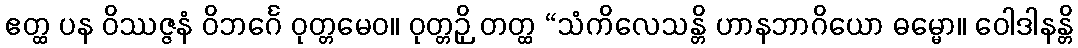
ဧတ္ထ ပန ဝိဿဇ္ဇနံ ဝိဘင်္ဂေ ဝုတ္တမေဝ။ ဝုတ္တဉှိ တတ္ထ “သံကိလေသန္တိ ဟာနဘာဂိယော ဓမ္မော။ ဝေါဒါနန္တိ